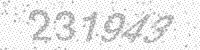
Solution: 231943